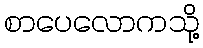
စာပေလောကသို့